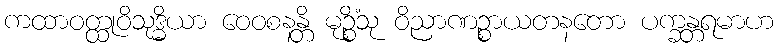
ကထာဝတ္ထုဝိသုဒ္ဓိယာ ဝေဝစနန္တိ မုဉ္စိံသု ဝိညာဏဉ္စာယတနတော ပက္ခန္တရမာဟ